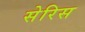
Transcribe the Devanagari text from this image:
सेरिस